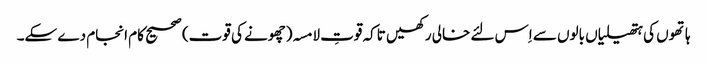
ہاتھوں کی ہتھیلیاں بالوں سے اِس لئے خالی رکھیں تاکہ قوتِ لامسہ(چھونے کی قوت) صحیح کام انجام دے سکے۔